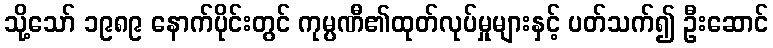
သို့သော် ၁၉၈၉ နောက်ပိုင်းတွင် ကုမ္ပဏီ၏ထုတ်လုပ်မှုများနှင့် ပတ်သက်၍ ဦးဆောင်